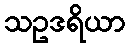
သဥဒရိယာ